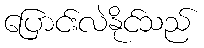
ပြောင်းလဲနိုင်သည်